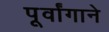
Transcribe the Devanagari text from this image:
पूर्वांगाने